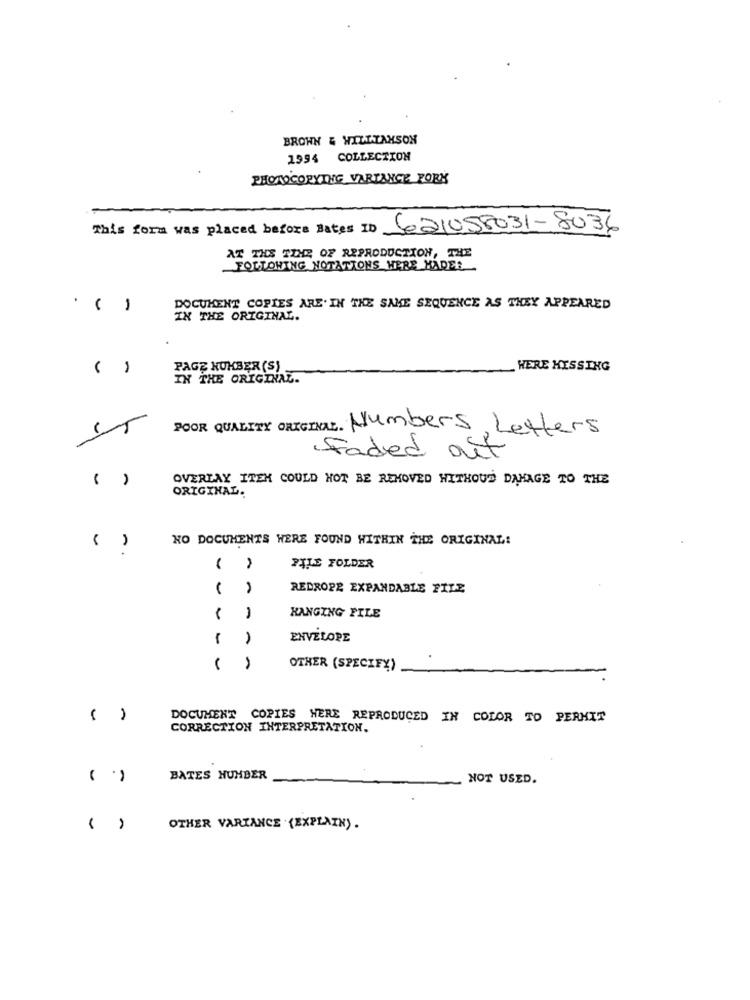
BROWN & WILLIAMSON
1994 COLLECTION
PHOTOCOPYTHE VARIANCE FORK
This form was placed before dates ID 621058031-8036
AT THE TIME OF REPRODUCTION, THE
FOLLOWING NOTATIONS HERE MADEL
-
DOCUMENT COPIES ARE. IN THE SAME SEQUENCE AS THEY APPEARED
IN THE ORIGINAL.
( )
PAGE NUMBER (S)
HERE HISSING
IN THE ORIGINAL.
POOR QUALITY ORIGINAL. Numbers, Letters
Faded out
( )
OVERLAY ITEM COULD NOT BE REMOVED WITHOUT DAMAGE TO THE
ORIGINAL.
NO DOCUMENTS WERE FOUND WITHIN THE ORIGINAL!
-.
P4LE FOLDER
REDROPE EXPANDABLE FILE
HANGING FILE
1
ENVELOPE
- -
OTHER (SPECIFY)
()
DOCUMENT COPIES WERE REPRODUCED IN COLOR TO PERMIT
CORRECTION INTERPRETATION.
( .)
BATES HUMBER
NOT USED.
( )
OTHER VARIANCE (EXPLAIN).